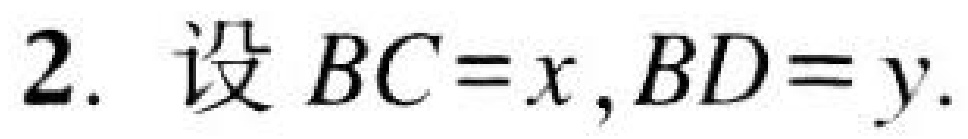
2. 设 \(BC = x,BD = y.\)